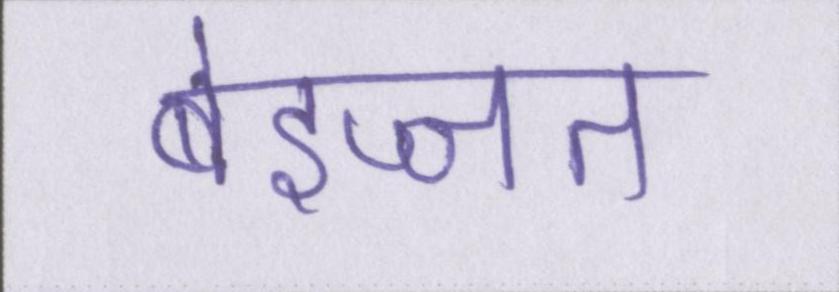
बेइज्जत